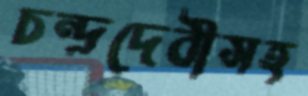
চন্দ্রদেবীসহ